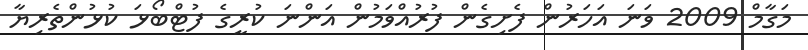
މަގާމް 2009 ވަނަ އަހަރުން ފެށިގެން ފުރުއްވަމުން އަންނަ ކުރީގެ ފުޓްބޯޅަ ކުޅުންތެރިޔާ